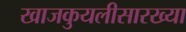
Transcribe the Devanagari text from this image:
खाजकुयलीसारख्या